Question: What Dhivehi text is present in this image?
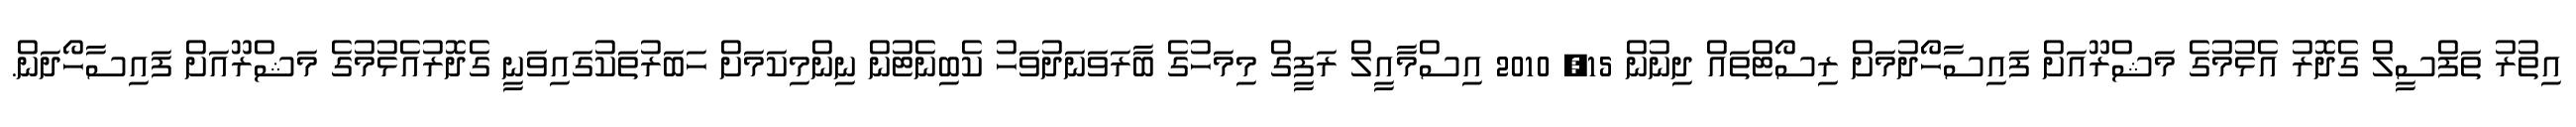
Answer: އިތުރު ތަފްސީލް ގެދޮރު އެޅުމުގެ މަޝްރޫއަށް ފައިސާހޯދުމަށް ރިސޯޓްތައް ދިނުން 15, 2010 އިސްމާއީލް ރަފީގް މިމަހުގެ ބާރަވަނަދުވަހު ކެބިނެޓުން ނިންމިކަމަށް ހަބަރުތަކުގައިވަނީ ގެދޮރުއެޅުމުގެ މަޝްރޫއަށް ފައިސާހޯދަން.